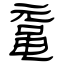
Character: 鼋